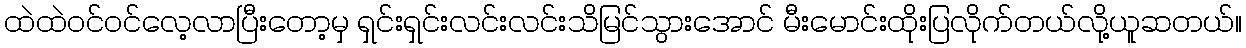
ထဲထဲဝင်ဝင်လေ့လာပြီးတော့မှ ရှင်းရှင်းလင်းလင်းသိမြင်သွားအောင် မီးမောင်းထိုးပြလိုက်တယ်လို့ယူဆတယ်။